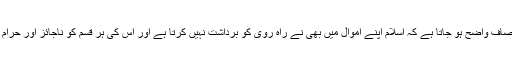
ان آيات سے صاف واضح ہو جاتا ہے کہ اسلام اپنے اموال ميں بھى نے راہ روى کو برداشت نہيں کرتا ہے اور اس کى ہر قسم کو ناجائز اور حرام قرار ديتا ہے۔